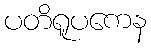
ပတိရူပကေန